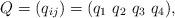
LaTeX: \begin{align*} Q = (q_{ij}) = (q_1\ q_2\ q_3\ q_4),\end{align*}